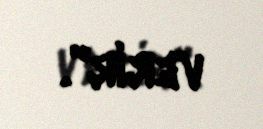
verir".